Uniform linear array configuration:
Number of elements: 8
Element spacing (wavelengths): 0.75
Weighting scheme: hann
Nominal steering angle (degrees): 30
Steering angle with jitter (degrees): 31.844
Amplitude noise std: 0.05
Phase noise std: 0.05

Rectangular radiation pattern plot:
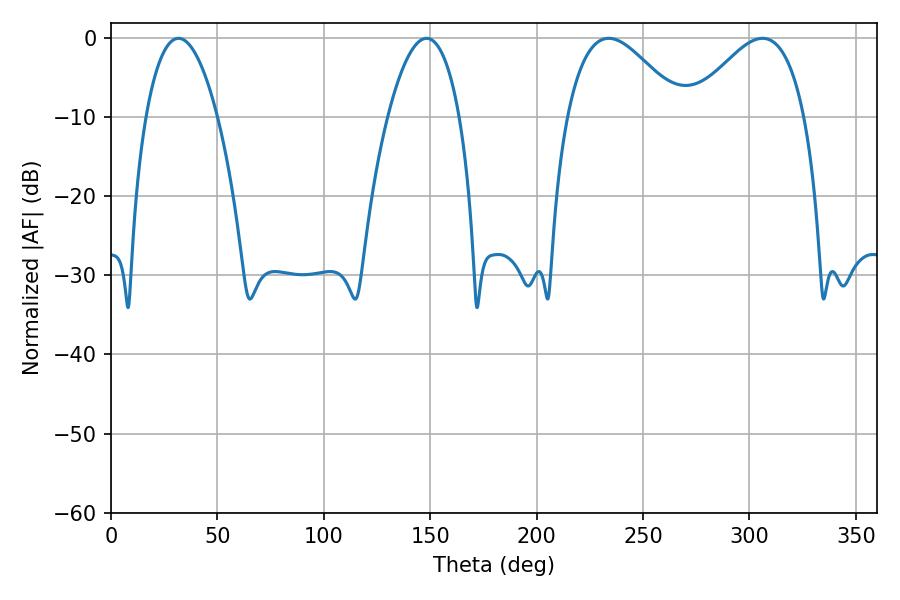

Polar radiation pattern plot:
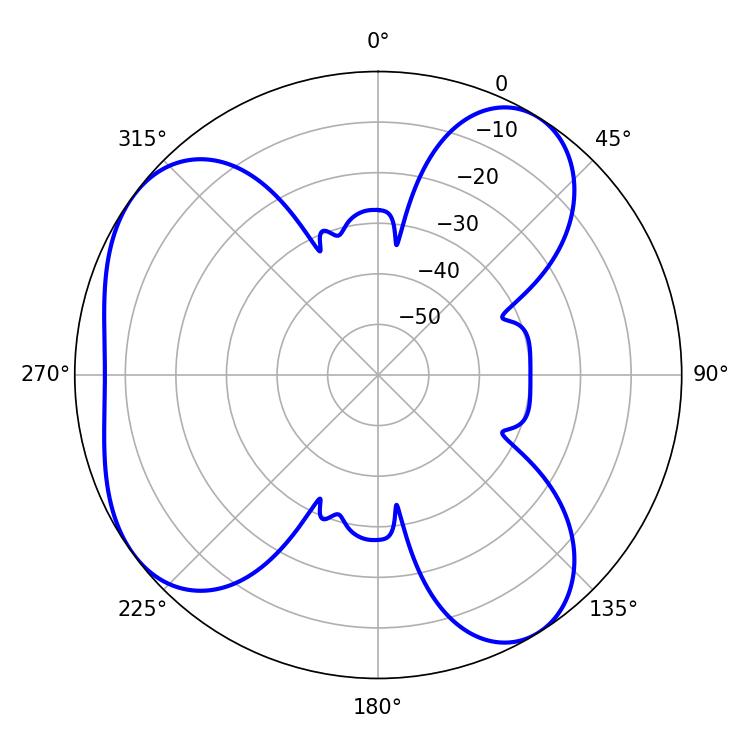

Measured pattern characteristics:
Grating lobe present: TRUE
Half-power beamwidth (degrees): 28.98
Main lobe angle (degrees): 233.82